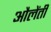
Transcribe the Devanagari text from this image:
औलेंती